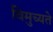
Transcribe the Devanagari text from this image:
विमुच्यते